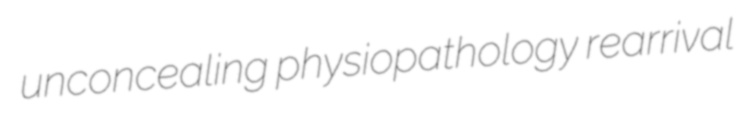
unconcealing physiopathology rearrival